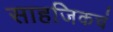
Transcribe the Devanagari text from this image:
साहजिकचं